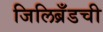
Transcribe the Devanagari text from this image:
जिलिब्रँडची